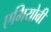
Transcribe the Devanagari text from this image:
एमियोबी